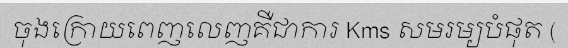
ចុងក្រោយពេញលេញគឺជាការ Kms សមរម្យបំផុត (